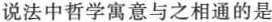
说法中哲学寓意与之相通的是